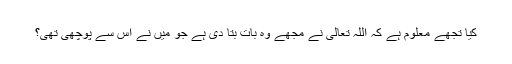
کیا تجھے معلوم ہے کہ اللہ تعالیٰ نے مجھے وہ بات بتا دی ہے جو میں نے اس سے پوچھی تھی؟